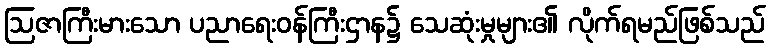
ဩဇာကြီးမားသော ပညာရေးဝန်ကြီးဌာန၌ သေဆုံးမှုများ၏ လိုက်ရမည်ဖြစ်သည်